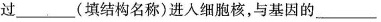
过______(填结构名称)进入细胞核，与基因的__